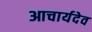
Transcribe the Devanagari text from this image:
आचार्यदेव